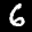
Label: 6